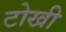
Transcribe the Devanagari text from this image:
टोखी